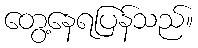
တွေ့နေရပြန်သည်။